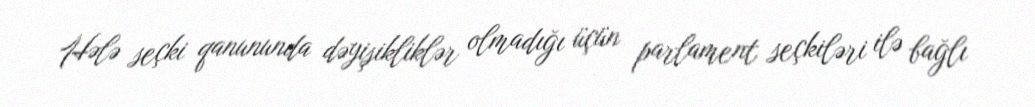
Hələ seçki qanununda dəyişikliklər olmadığı üçün parlament seçkiləri ilə bağlı